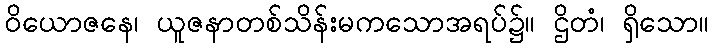
ဝိယောဇနေ၊ ယူဇနာတစ်သိန်းမကသောအရပ်၌။ ဌိတံ၊ ရှိသော။